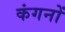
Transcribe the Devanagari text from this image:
कंगनों